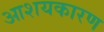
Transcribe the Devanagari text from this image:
आशयकारण